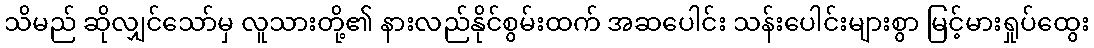
သိမည် ဆိုလျှင်သော်မှ လူသားတို့၏ နားလည်နိုင်စွမ်းထက် အဆပေါင်း သန်းပေါင်းများစွာ မြင့်မားရှုပ်ထွေး